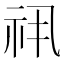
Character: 𬒯